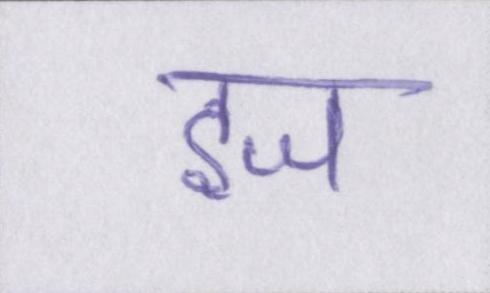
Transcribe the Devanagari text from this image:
इज